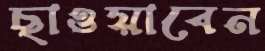
ছাওয়াবেন